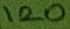
Text: 120